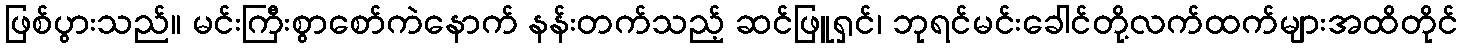
ဖြစ်ပွားသည်။ မင်းကြီးစွာစော်ကဲနောက် နန်းတက်သည့် ဆင်ဖြူရှင်၊ ဘုရင်မင်းခေါင်တို့လက်ထက်များအထိတိုင်